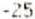
-25